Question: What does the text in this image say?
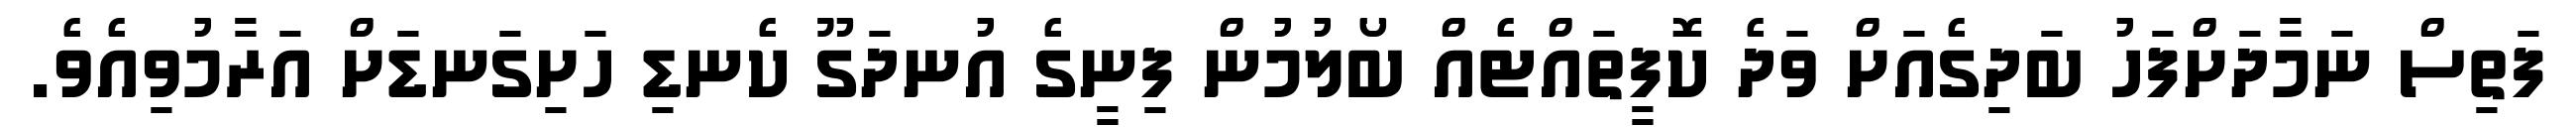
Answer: ފަތިސް ނަމާދަށްފަހު ބަދިގެއަށް ވަދެ ކޮފީތައްޓެއް ބޯލުމުން ފިނީގެ އުނދަގޫ ކެނޑި ހަށިގަނޑަށް އަރާމުވިއެވެ.